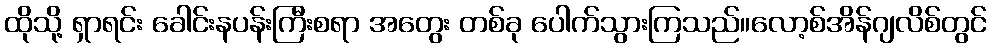
ထိုသို့ ရှာရင်း ခေါင်းနပန်းကြီးစရာ အတွေး တစ်ခု ပေါက်သွားကြသည်။လော့စ်အိန်ဂျလိစ်တွင်